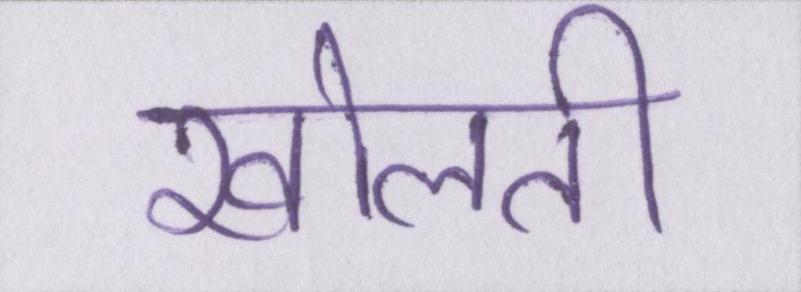
खोलती